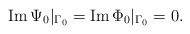
\begin{align*}\mbox{Im}\,\Psi_0\vert_{\Gamma_0}=\mbox{Im}\,\Phi_0\vert_{\Gamma_0}=0.\end{align*}